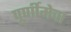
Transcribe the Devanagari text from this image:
पूर्णीमेचा